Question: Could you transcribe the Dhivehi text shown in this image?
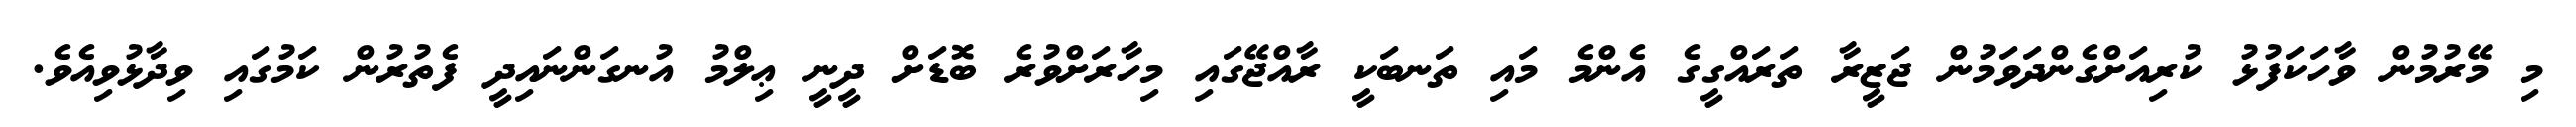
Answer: މި މޭރުމުން ވާހަކަފުޅު ކުރިއަށްގެންދަވަމުން ޖަޒީރާ ތަރައްގީގެ އެންމެ މައި ތަނބަކީ ރާއްޖޭގައި މިހާރަށްވުރެ ބޮޑަށް ދީނީ ޢިލްމު އުނގަންނައިދީ ފެތުރުން ކަމުގައި ވިދާޅުވިއެވެ.